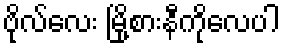
ဗိုလ်လေး မြို့စားနီကိုလေပါ